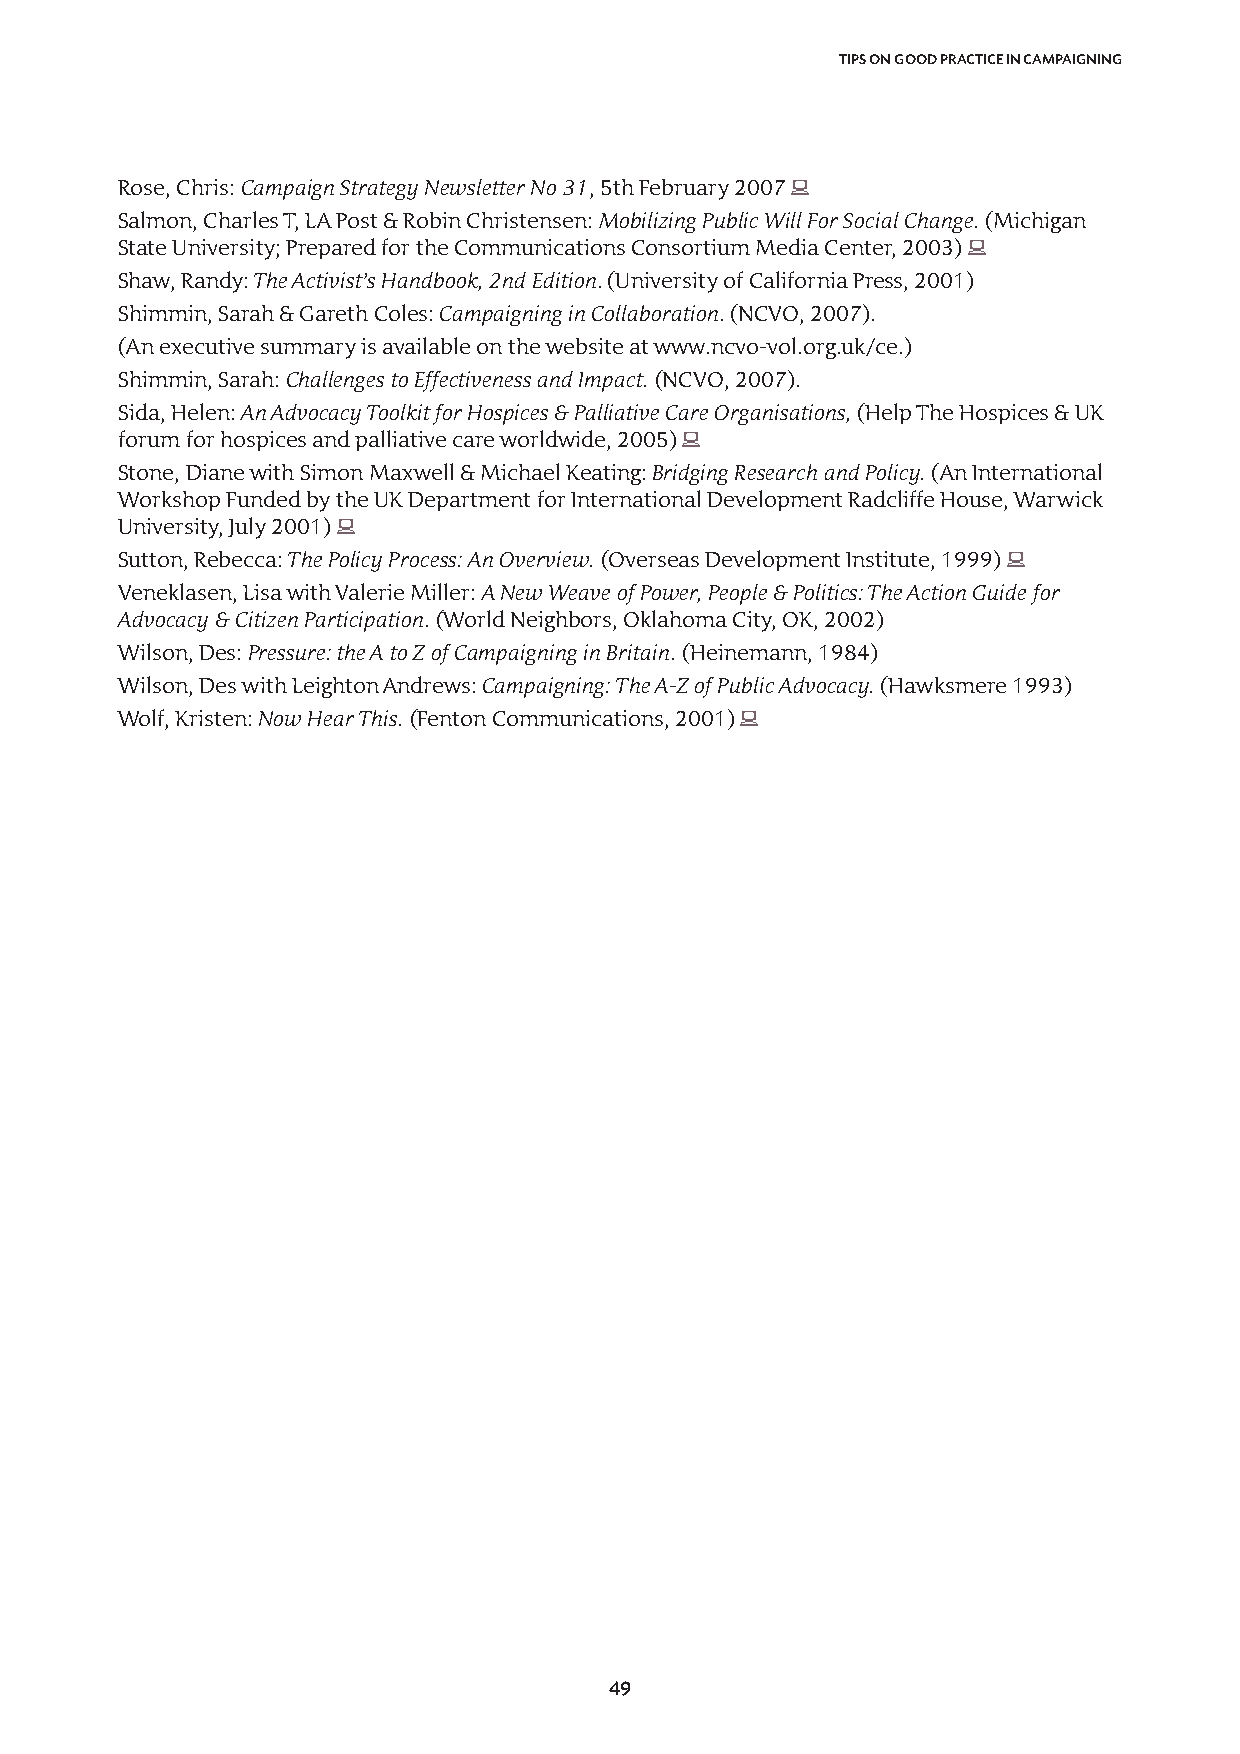
TIPS ON GOOD PRACTICE IN CAMPAIGNING
 Rose, Chris: Campaign Strategy Newsletter No 31, 5th February 2007 Â
 Salmon, Charles T, LA Post & Robin Christensen: Mobilizing Public Will For Social Change.(Michigan
 State University; Prepared for the Communications Consortium Media Center, 2003) Â
 Shaw, Randy: The Activist’s Handbook, 2nd Edition. (University of California Press, 2001)
 Shimmin, Sarah & Gareth Coles: Campaigning in Collaboration.(NCVO, 2007).
 (An executive summary is available on the website at www.ncvo-vol.org.uk/ce.)
 Shimmin, Sarah: Challenges to Effectiveness and Impact. (NCVO, 2007).
 Sida, Helen: An Advocacy Toolkit for Hospices & Palliative Care Organisations,(Help The Hospices & UK
 forum for hospices and palliative care worldwide, 2005) Â
 Stone, Diane with Simon Maxwell & Michael Keating: Bridging Research and Policy. (An International
 Workshop Funded by the UK Department for International Development Radcliffe House, Warwick
 University, July 2001) Â
 Sutton, Rebecca: The Policy Process: An Overview. (Overseas Development Institute, 1999) Â
 Veneklasen, Lisa with Valerie Miller: A New Weave of Power, People & Politics: The Action Guide for
 Advocacy & Citizen Participation.(World Neighbors, Oklahoma City, OK, 2002)
 Wilson, Des: Pressure: the A to Z of Campaigning in Britain.(Heinemann, 1984)
 Wilson, Des with Leighton Andrews: Campaigning: The A-Z of Public Advocacy.(Hawksmere 1993)
 Wolf, Kristen: Now Hear This. (Fenton Communications, 2001) Â
 49